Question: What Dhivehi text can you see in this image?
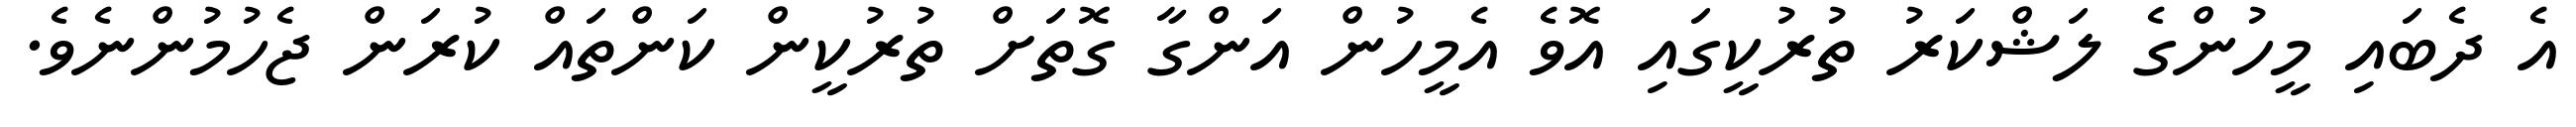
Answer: އެ ދެބައި މީހުންގެ ލަޝްކަރު ތުރުކީގައި އޮވެ އެމީހުން އަންގާ ގޮތަށް ތުރުކީން ކަންތައް ކުރަން ޖެހުމުންނެވެ.